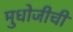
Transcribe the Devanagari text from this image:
मुधोजीची